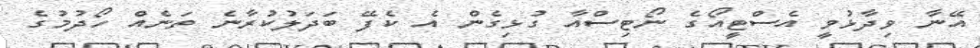
އޭނާ ވިދާޅުވީ އެސްޓީއޯގެ ނޯޓިސްއާ ގުޅިގެން އެ ކެފޭ ބަދަލުކުރާނެ ތަނެއް ހޯދުމުގެ